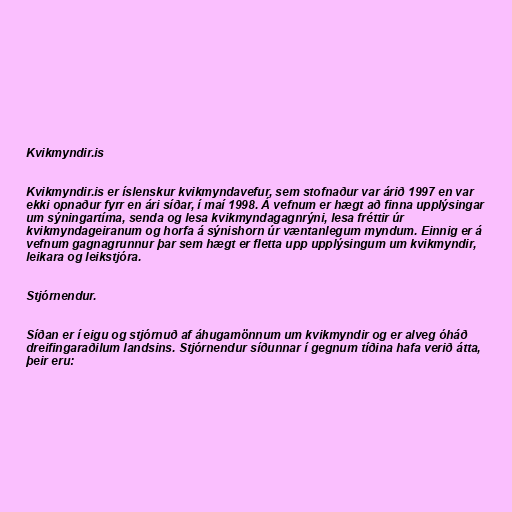
Kvikmyndir.is

Kvikmyndir.is er íslenskur kvikmyndavefur, sem stofnaður var árið 1997 en var
ekki opnaður fyrr en ári síðar, í maí 1998. Á vefnum er hægt að finna upplýsingar
um sýningartíma, senda og lesa kvikmyndagagnrýni, lesa fréttir úr
kvikmyndageiranum og horfa á sýnishorn úr væntanlegum myndum. Einnig er á
vefnum gagnagrunnur þar sem hægt er fletta upp upplýsingum um kvikmyndir,
leikara og leikstjóra.

Stjórnendur.

Síðan er í eigu og stjórnuð af áhugamönnum um kvikmyndir og er alveg óháð
dreifingaraðilum landsins. Stjórnendur síðunnar í gegnum tíðina hafa verið átta,
þeir eru: